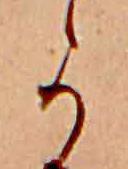
か